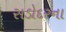
સડોદરના